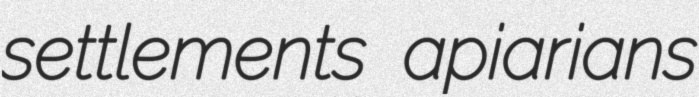
settlements apiarians